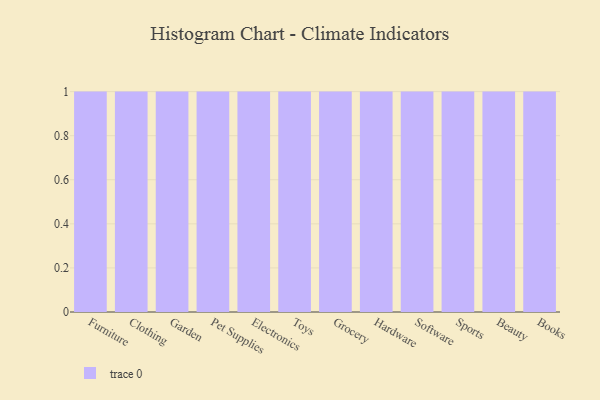
{"axis": {"x": "Category", "y": "Waste Production (Tons)"}, "legend": [""], "data": [{"x": "Furniture", "y": 98, "type": ""}, {"x": "Clothing", "y": 65, "type": ""}, {"x": "Garden", "y": 84, "type": ""}, {"x": "Pet Supplies", "y": 77, "type": ""}, {"x": "Electronics", "y": 88, "type": ""}, {"x": "Toys", "y": 92, "type": ""}, {"x": "Grocery", "y": 44, "type": ""}, {"x": "Hardware", "y": 45, "type": ""}, {"x": "Software", "y": 98, "type": ""}, {"x": "Sports", "y": 24, "type": ""}, {"x": "Beauty", "y": 11, "type": ""}, {"x": "Books", "y": 5, "type": ""}]}